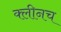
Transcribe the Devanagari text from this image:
क्लीनच